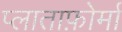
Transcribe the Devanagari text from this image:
प्लाताफ़ोर्मा